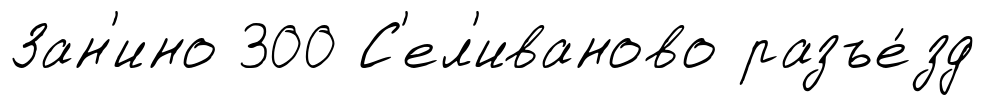
Зан'ино 300 С'ел'иваново разъе́зд